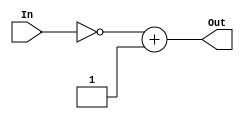
module two_s_complement(In,Out);
    input  [3:0] In;
    output  [3:0] Out;
    // first reverse then add one
    assign  Out=~In+1;
 /* 
  //   reg[3:0] Not_In;
   // wire [3:0] Add_out;

    //wire stackoverflow;

    
 
   
    
  Not_In[0]=In[0];
    Not_In[1]=In[1];
    Not_In[2]=In[2];
    Not_In[3]=In[3];
  //  not(Out[3:0],In[3:0]);
    //Out[3:0]=not In[3:0];
    // My code
    
  //  not(Out[0],In[0]);
 
 
   
  
   
      assign Out[0] =  In[0];
    assign Out[1] = In[1];
    assign Out[2] = In[2];
    assign Out[3] = In[3];
    
    
    integer  i;
    always @(*) begin
        for (i=0  ;i<4 ;i=i+1 ) begin
         not(Out[i],In[i]);
          end
    end
    */

      
 
    
    // Your code goes here.  DO NOT change anything that is already given! Otherwise, you will not be able to pass the tests!

endmodule